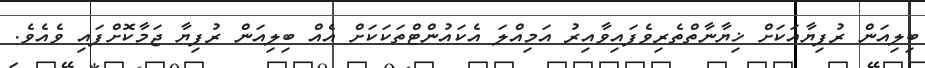
ބިލިއަން ރުފިޔާއަކަށް ޚިޔާނާތްތެރިވެފައިވާއިރު އަމިއްލަ އެކައުންޓްތަކަކަށް އެއް ބިލިއަން ރުފިޔާ ޖަމާކޮށްފައި ވެއެވެ.